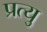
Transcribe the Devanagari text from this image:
प्रत्यु